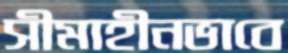
সীমাহীনভাবে